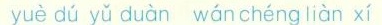
yuè dú yǔ duàn wán chéng liàn xí